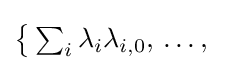
{\textstyle {\bigl \{}\sum _{i}\lambda _{i}\lambda _{i,0},\,\dots ,\,{}}